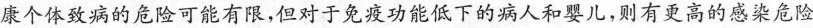
康个体致病的危险可能有限，但对于免疫功能低下的病人和婴儿，则有更高的感染危险。